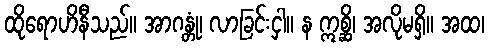
ထိုရောဟိနီသည်။ အာဂန္တုံ၊ လာခြင်းငှါ။ န ဣစ္ဆိ၊ အလိုမရှိ။ အထ၊